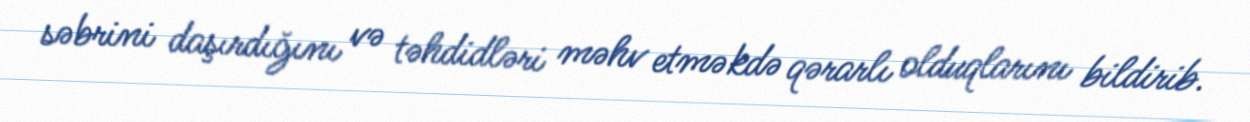
səbrini daşırdığını və təhdidləri məhv etməkdə qərarlı olduqlarını bildirib.